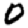
Digit: 0